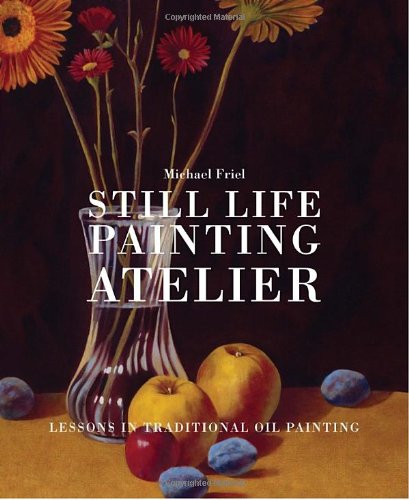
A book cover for Still Life Painting Atelier: An Introduction to Oil Painting; Michael Friel; Arts & Photography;